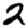
Digit: 2